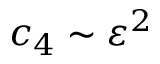
c _ { 4 } \sim \varepsilon ^ { 2 }